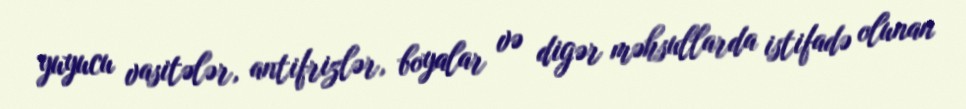
yuyucu vasitələr, antifrizlər, boyalar və digər məhsullarda istifadə olunan